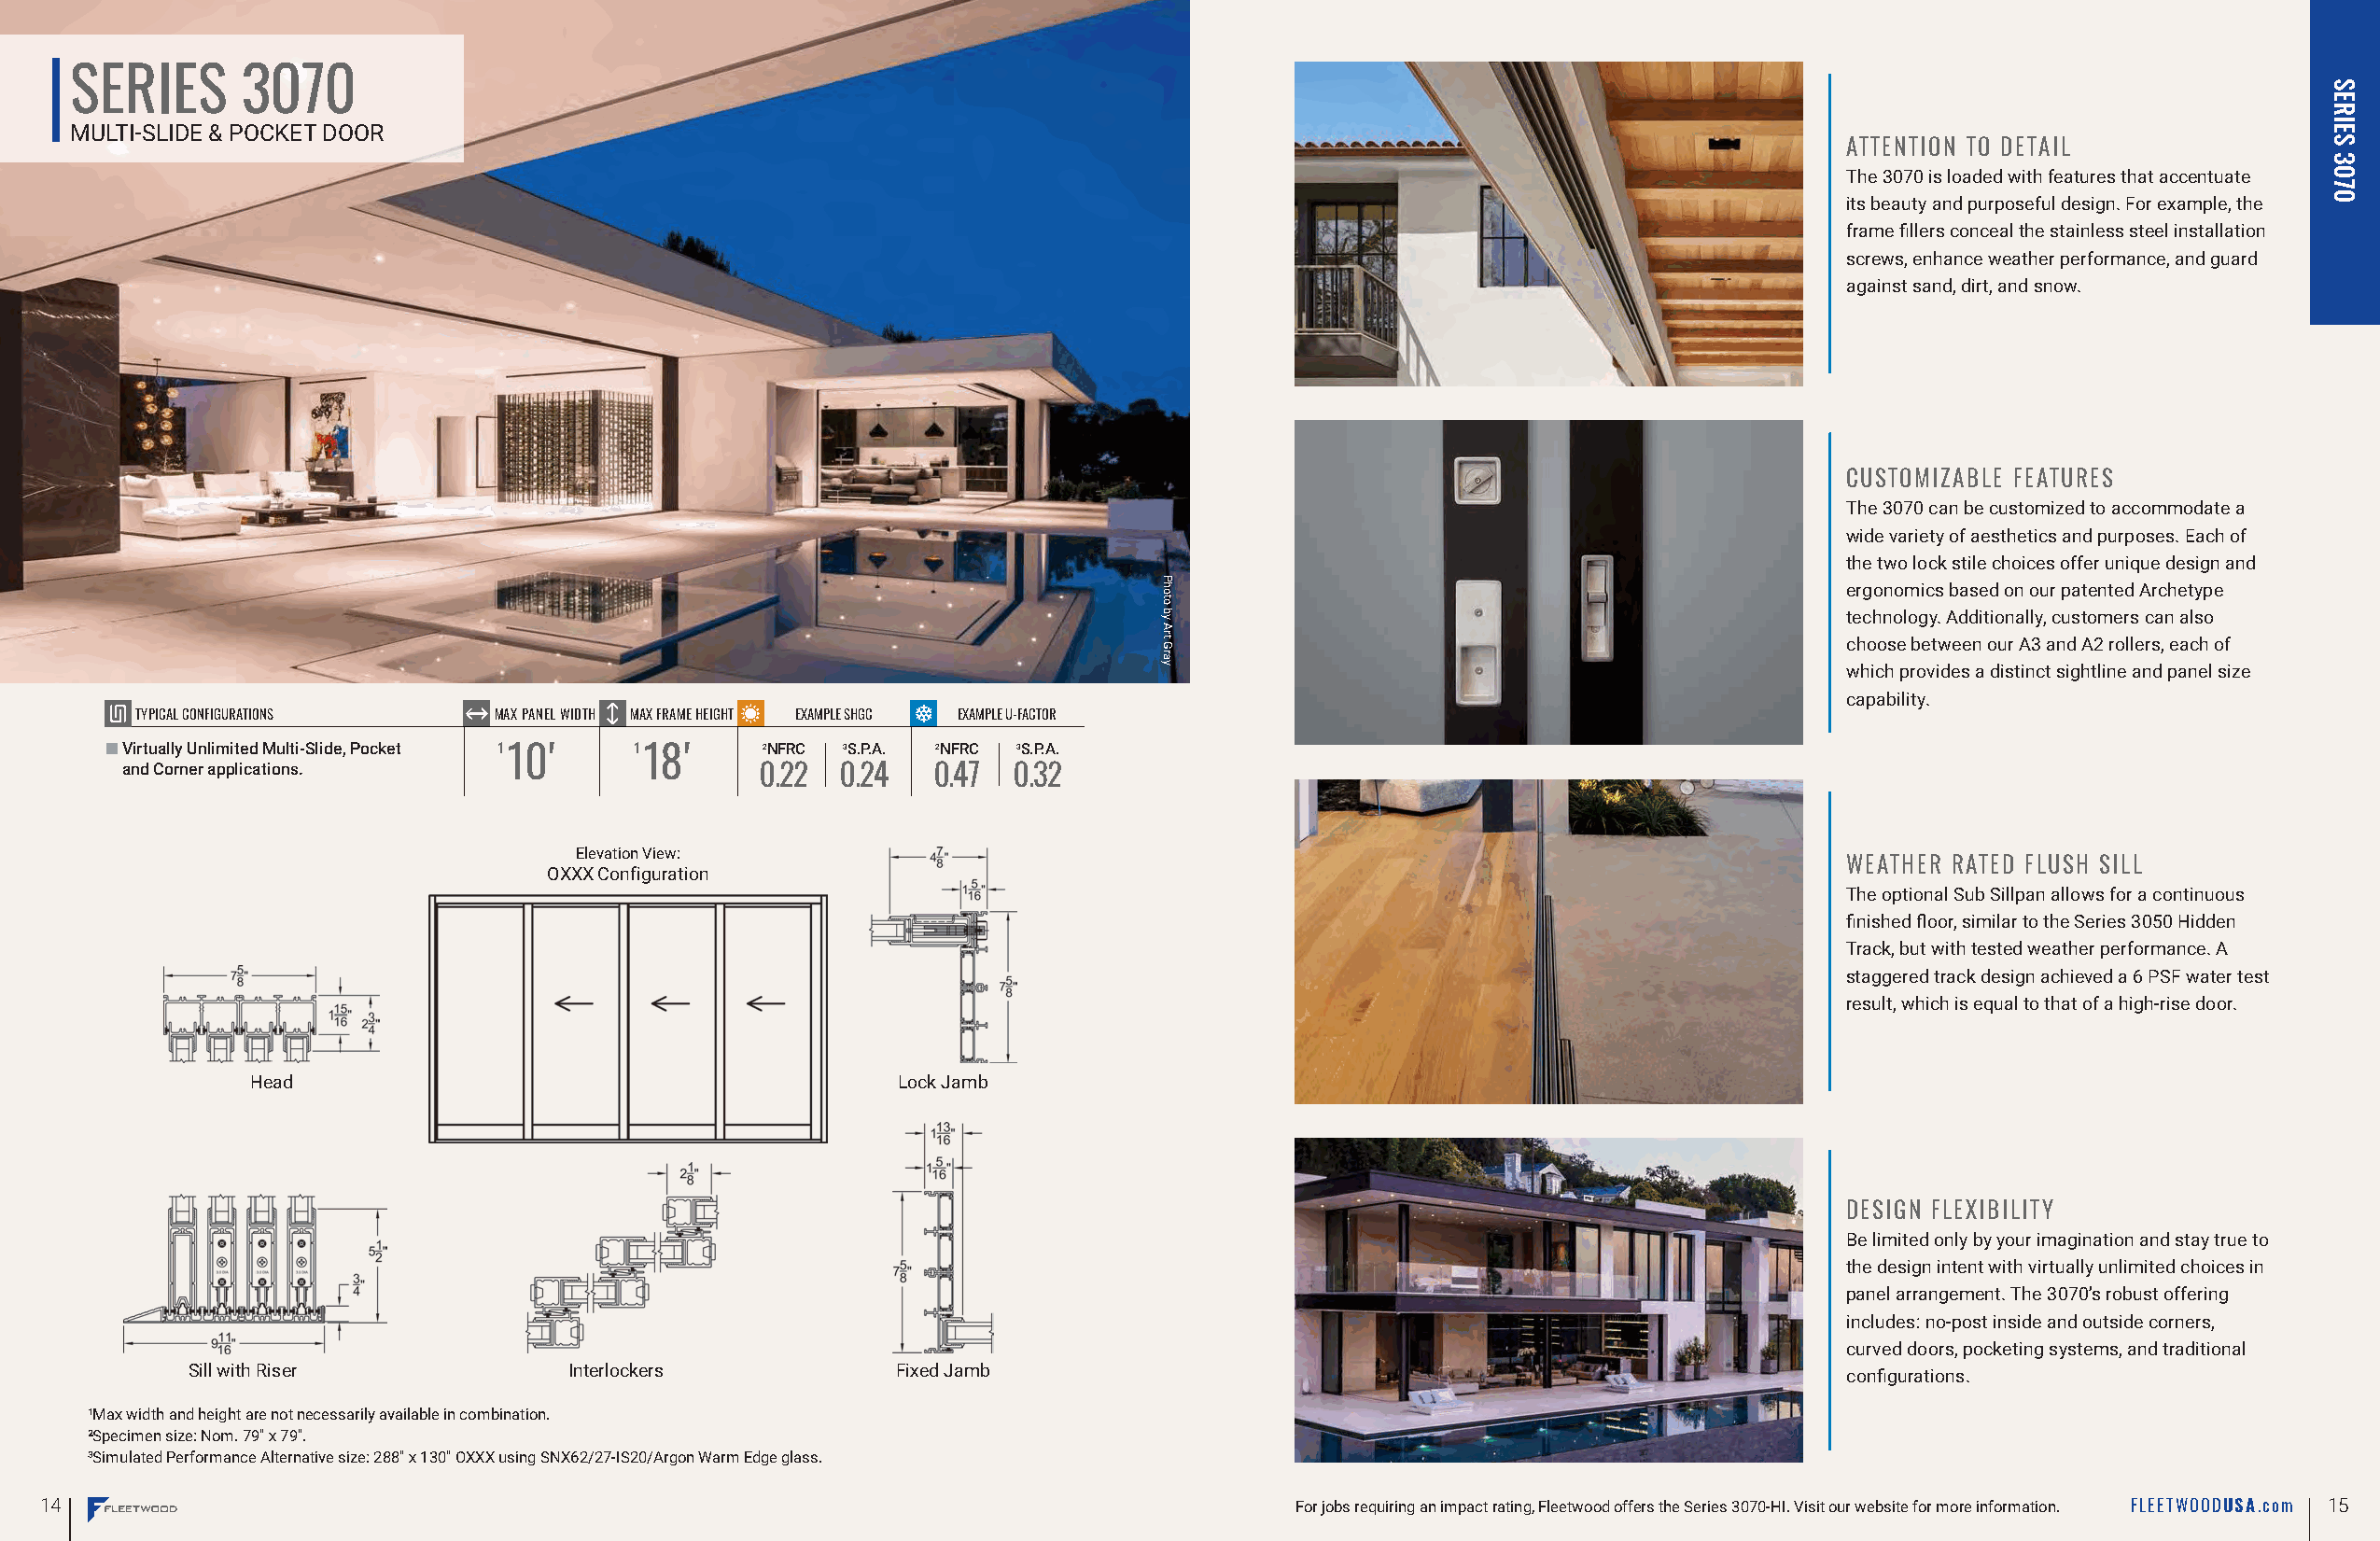
SERIES      3070
 MULTI-SLIDE & POCKET DOOR
 ATTENTION TO DETAIL
 The 3070 is loaded with features that accentuate
 its beauty and purposeful design. For example, the
 frame fillers conceal the stainless steel installation
 screws, enhance weather performance, and guard
 against sand, dirt, and snow.
 CUSTOMIZABLE FEATURES
 The 3070 can be customized to accommodate a
 wide variety of aesthetics and purposes. Each of
 the two lock stile choices offer unique design and
 ergonomics based on our patented Archetype
 technology. Additionally, customers can also
 choose between our A3 and A2 rollers, each of
 which provides a distinct sightline and panel size
 capability.
 TYPICAL CONFIGURATIONS   MAX PANEL WIDTH MAX FRAME HEIGHT EXAMPLE SHGC EXAMPLE U-FACTOR
 ■■Virtually Unlimited Multi-Slide, Pocket ¹ 10' ¹ 18' 2NFRC 3S.P.A. 2NFRC 3S.P.A.
 and Corner applications.                     0.22  0.24  0.47  0.32
 Elevation View:
 WEATHER RATED FLUSH SILL
 OXXX Configuration
 The optional Sub Sillpan allows for a continuous
 finished floor, similar to the Series 3050 Hidden
 Track, but with tested weather performance. A
 staggered track design achieved a 6 PSF water test
 result, which is equal to that of a high-rise door.
 Head                                          Lock Jamb
 DESIGN FLEXIBILITY
 Be limited only by your imagination and stay true to
 the design intent with virtually unlimited choices in
 panel arrangement. The 3070’s robust offering
 includes: no-post inside and outside corners,
 curved doors, pocketing systems, and traditional
 Sill with Riser            Interlockers            Fixed Jamb                                                         configurations.
 ¹Max width and height are not necessarily available in combination.
 ²Specimen size: Nom. 79" x 79".
 ³Simulated Performance Alternative size: 288" x 130" OXXX using SNX62/27-IS20/Argon Warm Edge glass.
 14                                                                                       For jobs requiring an impact rating, Fleetwood offers the Series 3070-HI. Visit our website for more information. FLEETWOODUSA. com 15
 Photo
 by
 Art
 Gray
 SERIES
 3070